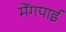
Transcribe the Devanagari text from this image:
मेंगपाई